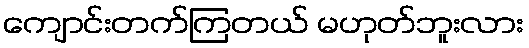
ကျောင်းတက်ကြတယ် မဟုတ်ဘူးလား